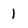
Character: 1